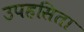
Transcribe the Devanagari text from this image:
उपहसिता